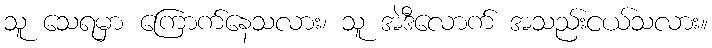
သူ သေရမှာ ကြောက်နေသလား၊ သူ အဲဒီလောက် အသည်းငယ်သလား။